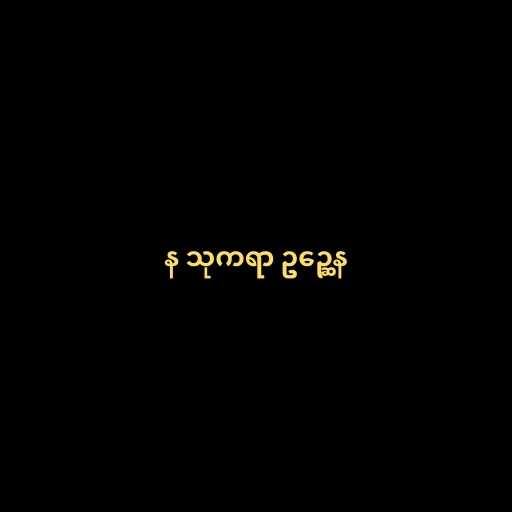
န သုကရာ ဥဉ္ဆေန